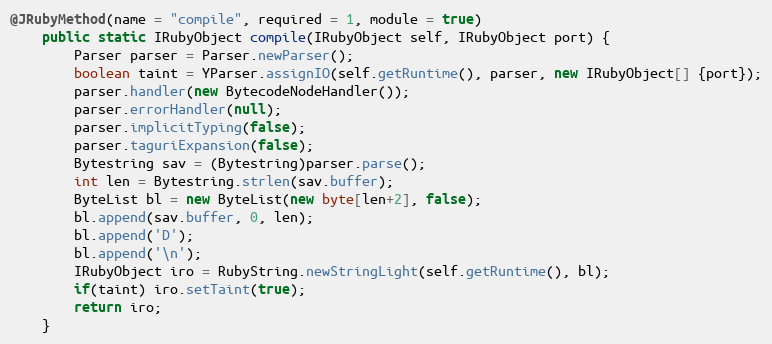
Language: Java
@JRubyMethod(name = "compile", required = 1, module = true)
    public static IRubyObject compile(IRubyObject self, IRubyObject port) {
        Parser parser = Parser.newParser();
        boolean taint = YParser.assignIO(self.getRuntime(), parser, new IRubyObject[] {port});
        parser.handler(new BytecodeNodeHandler());
        parser.errorHandler(null);
        parser.implicitTyping(false);
        parser.taguriExpansion(false);
        Bytestring sav = (Bytestring)parser.parse();
        int len = Bytestring.strlen(sav.buffer);
        ByteList bl = new ByteList(new byte[len+2], false);
        bl.append(sav.buffer, 0, len);
        bl.append('D');
        bl.append('\n');
        IRubyObject iro = RubyString.newStringLight(self.getRuntime(), bl);
        if(taint) iro.setTaint(true);
        return iro;
    }